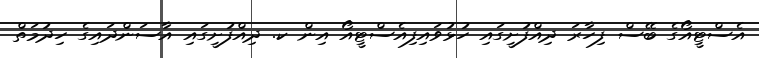
އެސްޓީއޯގެ ބޭސް ފިހާރަ ދިއްފުށީގައި ހުޅުވައިފިއެސްޓީއޯ އިން ކ. ދިއްފުށީގައި އާސަންދައިގެ ހިދުމަތް